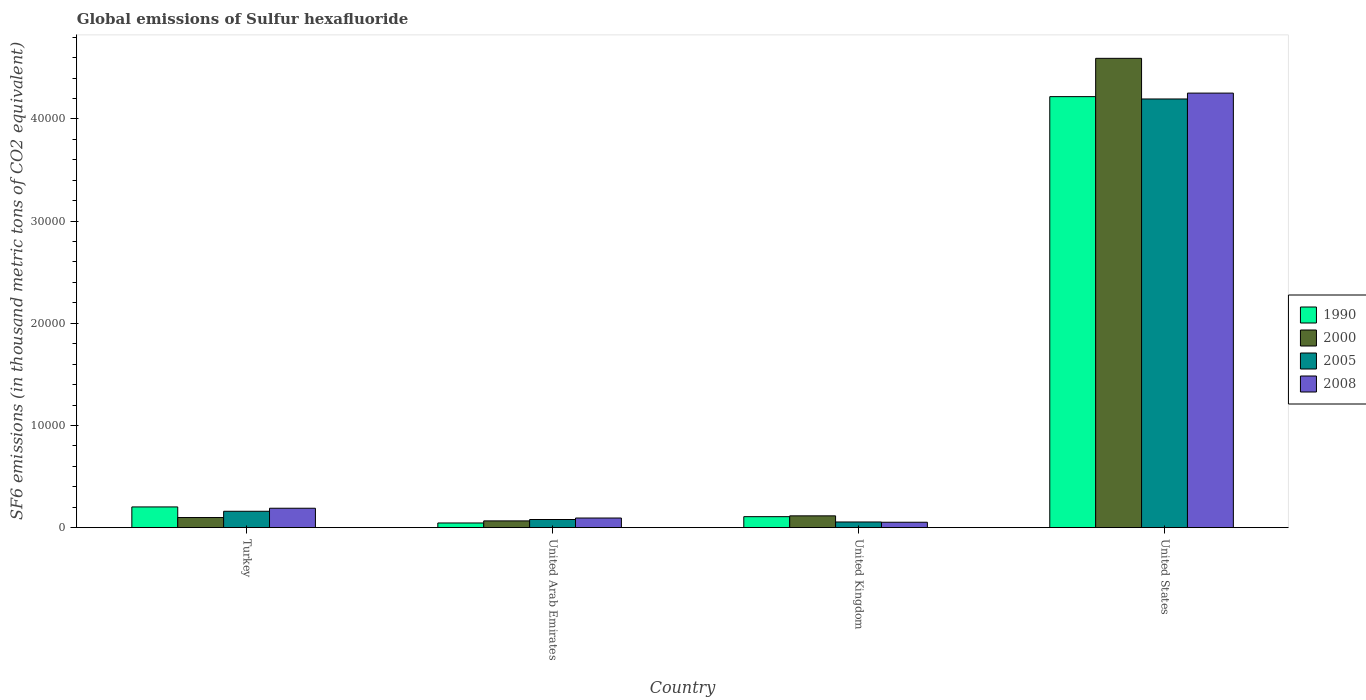
| Country | 1990 | 2000 | 2005 | 2008 |
 | --- | --- | --- | --- | --- |
 | Turkey | 2.03e+03 | 989 | 1.6e+03 | 1.9e+03 |
 | United Arab Emirates | 456 | 660 | 796 | 941 |
 | United Kingdom | 1.07e+03 | 1.15e+03 | 554 | 529 |
 | United States | 4.22e+04 | 4.59e+04 | 4.2e+04 | 4.25e+04 |